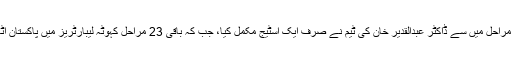
کہا جاتا ہے کہ یورینیم افزودگی کے 24 مراحل میں سے ڈاکٹر عبدالقدیر خان کی ٹیم نے صرف ایک اسٹیج مکمل کیا، جب کہ باقی 23 مراحل کہوٹہ لیبارٹریز میں پاکستان اٹامک انرجی کے ماتحت تکمیل کو پہنچے۔